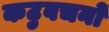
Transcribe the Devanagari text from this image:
कटुवचनों